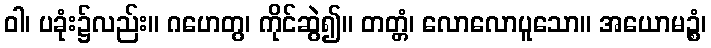
ဝါ၊ ပခုံး၌လည်း။ ဂဟေတွ၊ ကိုင်ဆွဲ၍။ တတ္တံ၊ လောလောပူသော။ အယောမဉ္စံ၊